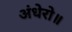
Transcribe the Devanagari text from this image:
अंधेरो॥